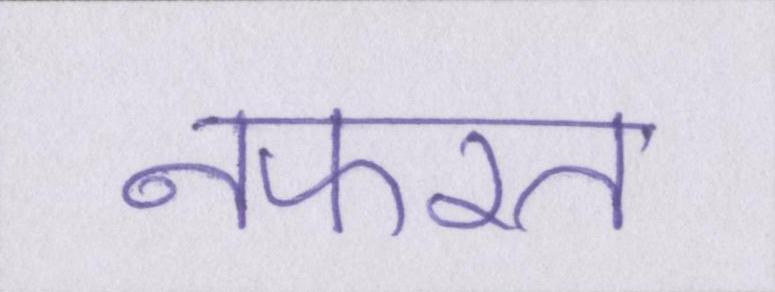
नफरत